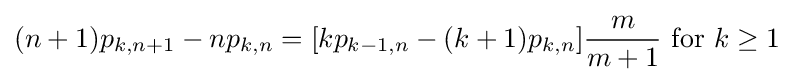
(n+1)p_{k,n+1}-np_{k,n}=[kp_{k-1,n}-(k+1)p_{k,n}]{\frac {m}{m+1}}{\text{ for }}k\geq 1